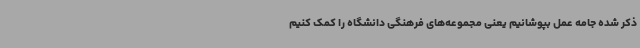
ذکر شده جامه عمل بپوشانیم یعنی مجموعه‌های فرهنگی دانشگاه را کمک کنیم